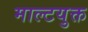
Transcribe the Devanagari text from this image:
माल्टयुक्त